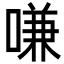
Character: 嗛